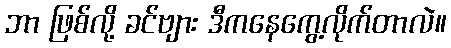
ဘာ ဖြစ်လို့ ခင်ဗျား ဒီကနေကွေ့လိုက်တာလဲ။